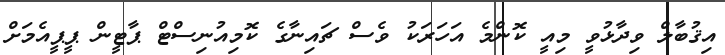
އިޤުބާލް ވިދާޅުވީ މިއީ ކޮންމެ އަހަރަކު ވެސް ޗައިނާގެ ކޮމިއުނިސްޓް ޕާޓީން ޕީޕީއެމަށް